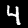
Digit: 4